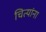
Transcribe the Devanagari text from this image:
चित्यांना